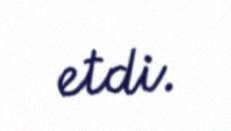
etdi.